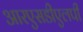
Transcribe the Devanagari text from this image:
आरएसडीएलपी